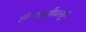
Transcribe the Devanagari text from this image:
होण्यापूर्वीपासून